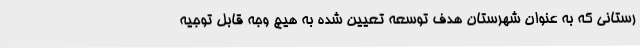
رستانی که به عنوان شهرستان هدف توسعه تعیین شده به هیچ وجه قابل توجیه